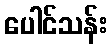
ပေါင်သန်း